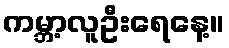
ကမ္ဘာ့လူဦးရေနေ့။